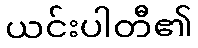
ယင်းပါတီ၏